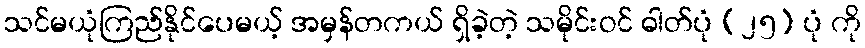
သင်မယုံကြည်နိုင်ပေမယ့် အမှန်တကယ် ရှိခဲ့တဲ့ သမိုင်းဝင် ဓါတ်ပုံ (၂၅) ပုံ ကို